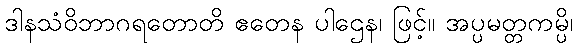
ဒါနသံဝိဘာဂရတောတိ ဧတေန ပါဌေန၊ ဖြင့်။ အပ္ပမတ္တကမ္ပိ၊